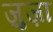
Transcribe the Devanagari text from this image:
ज़ुज़ा